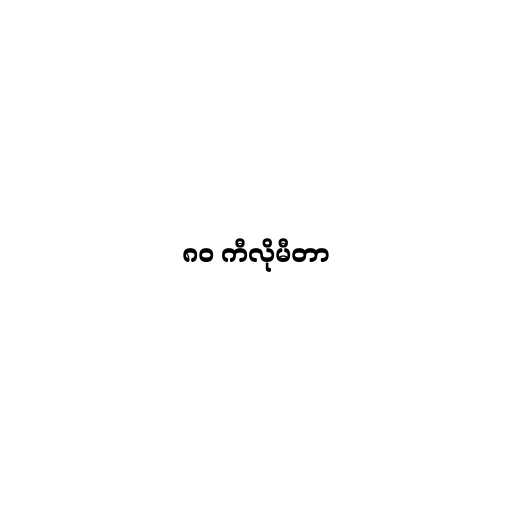
၈၀ ကီလိုမီတာ